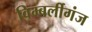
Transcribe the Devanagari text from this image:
विम्बर्लीगंज